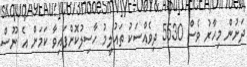
ދަށުން މިހާރު ވެސް 5530 ދިވެއްސަކު ތައުލީމު ހާސިލުކޮށްފައިވާ ކަމަށް އެ ނޫސް